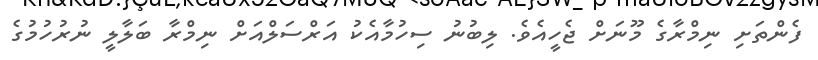
ފެންތަށި ނިމްރާގެ މޫނަށް ޖެހީއެވެ. ލިބުނު ސިހުމާއެކު އަރްސަލްއަށް ނިމްރާ ބަލާލީ ނުރުހުމުގެ